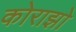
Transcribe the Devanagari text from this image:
कोराझो